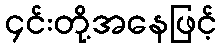
၄င်းတို့အနေဖြင့်